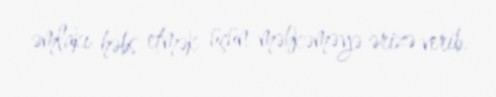
əmlakı həbs etmək üçün məhkəməyə ərizə verib.